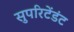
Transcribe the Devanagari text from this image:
सुपरिटेंडंट